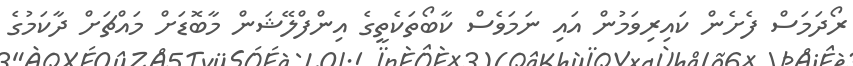
ރޯދަމަސް ފެށެން ކައިރިވަމުން އައި ނަމަވެސް ކާބޯތަކެތީގެ އިންފްލޭޝަން މާބޮޑަށް މައްޗަށް ދާކަމުގެ